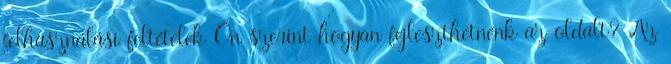
felhasználási feltételek Ön szerint hogyan fejleszthetnénk az oldalt? Az